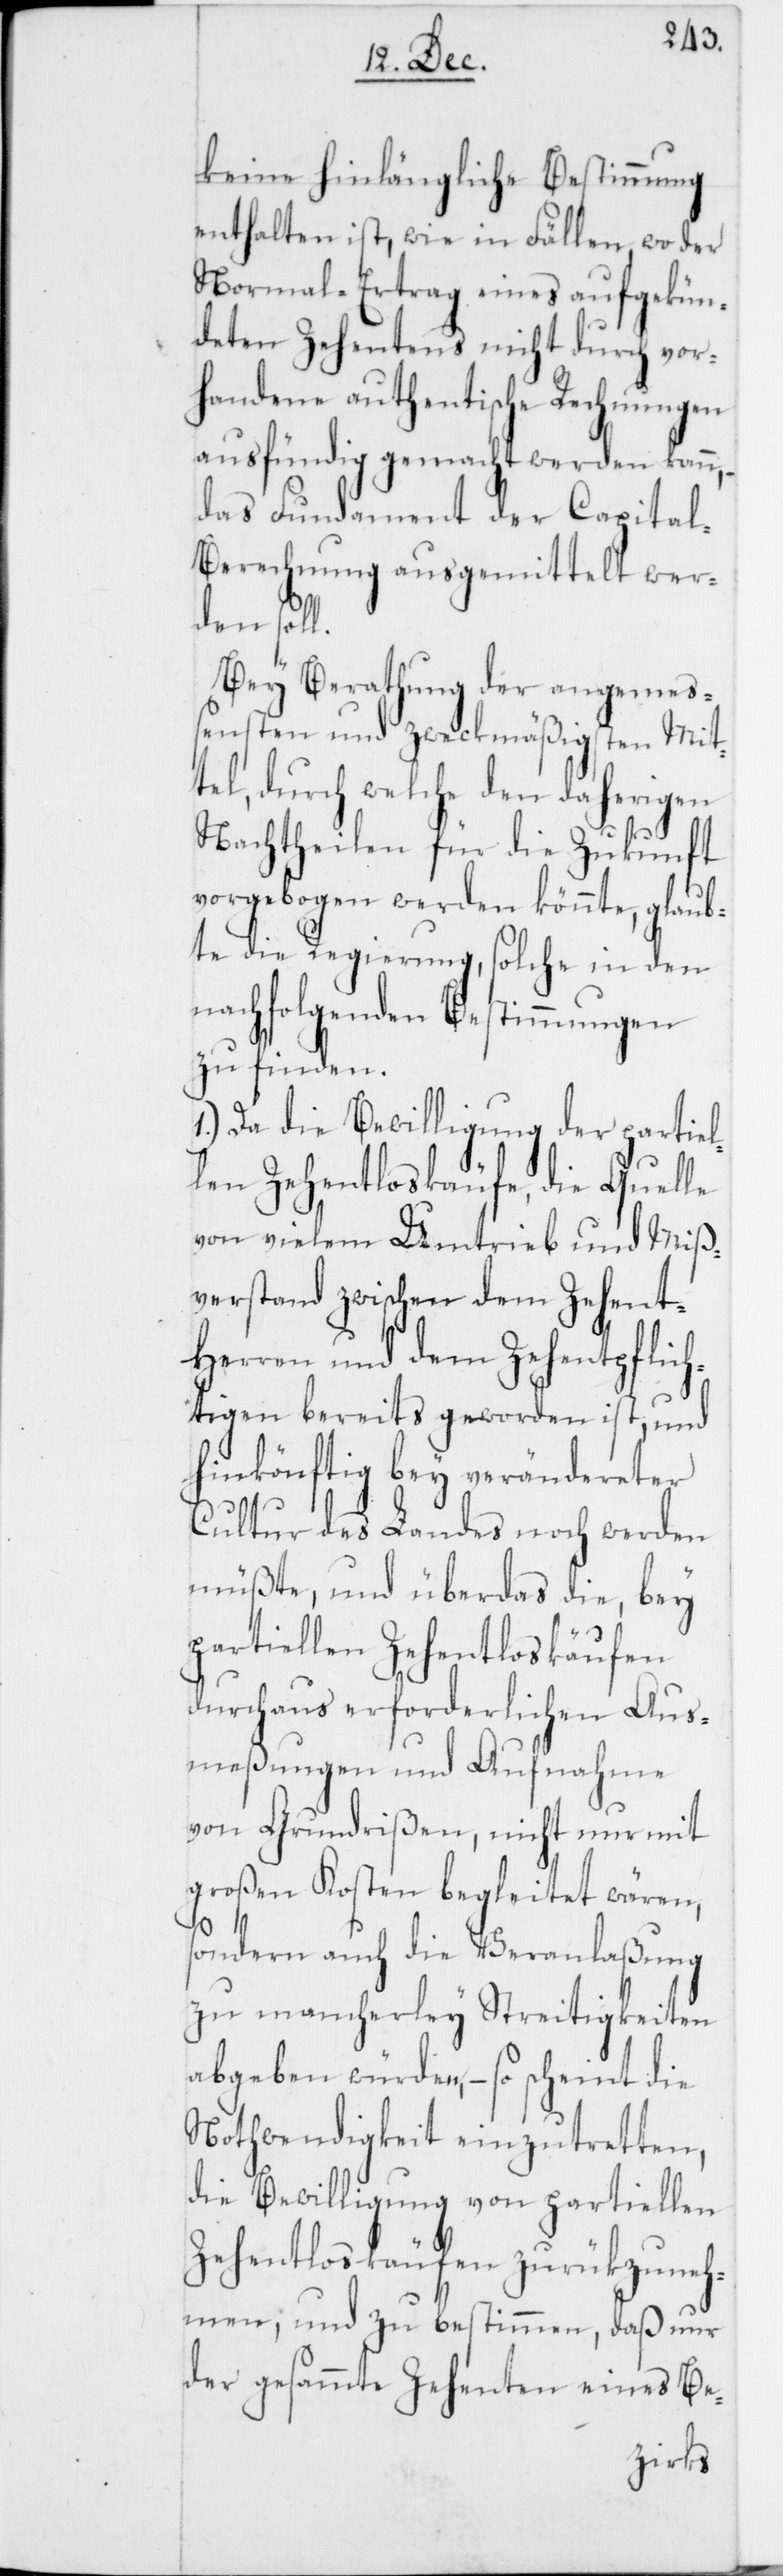
keine hinlängliche Bestimmung
enthalten ist, wie in Fällen, wo der
Normal-Ertrag eines aufgekün¬
deten Zehentens nicht durch vor¬
handene authentische Rechnungen
ausfündig gemacht werden kann,
das Fundament der Capita¬
l-Berechnung ausgemittelt wer¬
den soll.
Bey Berathung der angemeß¬
ensten und zweckmäßigsten Mit¬
tel, durch welche den daherigen
Nachtheilen für die Zukunft
vorgebogen werden könnte, glaub¬
te die Regierung, solche in den
nachfolgenden Bestimmungen
zu finden.
1.) Da die Bewilligung der partiel¬
len Zehentloskäufe die Quelle
von vielem Umtrieb und Miß¬
verstand zwischen dem Zehent¬
herren und dem Zehentpflich¬
tigen bereits geworden ist, und
hinkönftig bey verändereter
Cultur des Landes noch werden
müßte, und überdas die, bey
partiellen Zehentloskäufen
durchaus erforderlichen Aus¬
meßungen und Aufnahme
von Grundrißen, nicht nur mit
großen Kosten begleitet wären,
sondern auch die Veranlaßung
zu mancherley Streitigkeiten
abgegeben würden, – so scheint die
Nothwendigkeit einzutretten,
die Bewilligung von partiellen
Zehentloskäufen zurükzuneh¬
men; und zu bestimmen, daß nur
der gesammte Zehenten eines Be-